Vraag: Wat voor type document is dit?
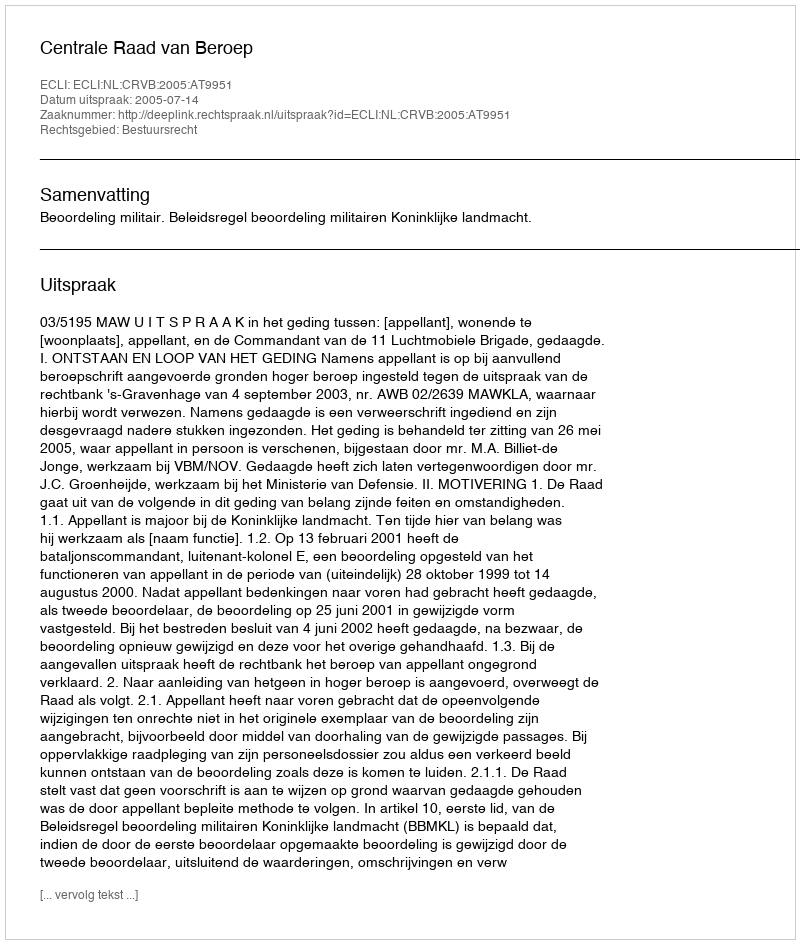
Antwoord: Uitspraak